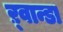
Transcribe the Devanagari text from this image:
ऱ्वान्डा